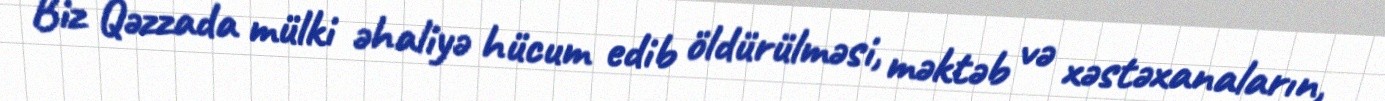
Biz Qəzzada mülki əhaliyə hücum edib öldürülməsi, məktəb və xəstəxanaların,